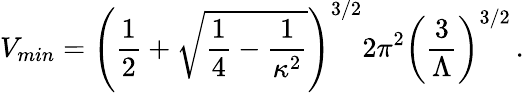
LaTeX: V_{min}=\left({\frac{1}{2}}+\sqrt{{\frac{1}{4}}-{\frac{1}{\kappa^{2}}}}\right)^{3/2}2\pi^{2}\left({\frac{3}{\Lambda}}\right)^{3/2}\, .